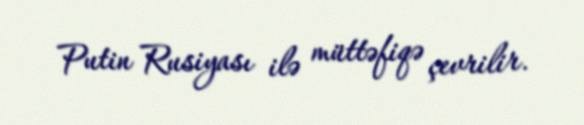
Putin Rusiyası ilə müttəfiqə çevrilir.